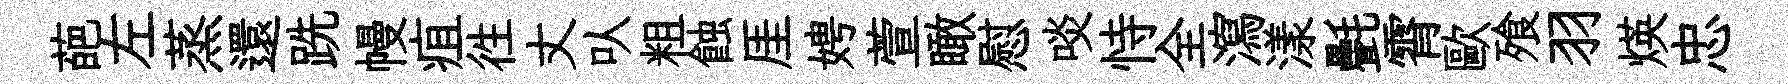
葩左蒸還跣幔疽徃丈㕥粗蝕厓娉萱瞰慰啖恃全瀉漾㲲霄歐飱羽煐忠